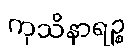
ကုသိနာရဉ္စ